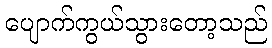
ပျောက်ကွယ်သွားတော့သည်